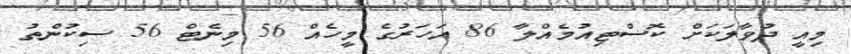
މިއީ ދުވާލަކަށް ކޮސްޓިއުމެއްލާ 86 އަހަރުގެ މީހެއް 56 މިނެޓް 56 ސިކުންތު